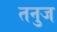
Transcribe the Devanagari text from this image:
तनुज